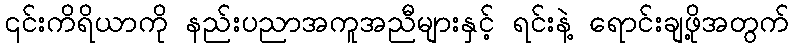
၎င်းကိရိယာကို နည်းပညာအကူအညီများနှင့် ရင်းနဲ့ ရောင်းချဖို့အတွက်